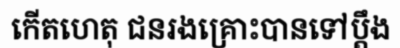
កើតហេតុ ជនរងគ្រោះបានទៅប្តឹង